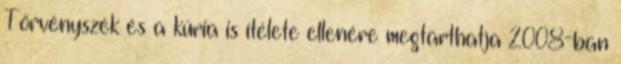
Törvényszék és a kúria is ítélete ellenére megtarthatja 2008-ban